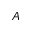
A